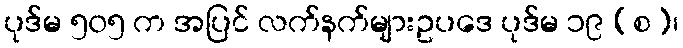
ပုဒ်မ ၅၀၅ က အပြင် လက်နက်များဥပဒေ ပုဒ်မ ၁၉ (စ)၊